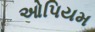
ઓપિયમ